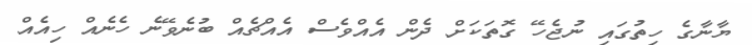
ޔާނާގެ ހިތުގައި ނުޖެހޭ ގޮތަކަށް ދެން އެއްވެސް އެއްޗެއް ބުނެވޭނެ ހެނެއް ހިއެއް